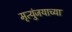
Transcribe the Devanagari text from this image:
मृत्युंजयाच्या